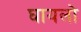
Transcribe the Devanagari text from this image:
घायलो